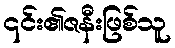
၎င်း၏ဇနီးဖြစ်သူ